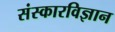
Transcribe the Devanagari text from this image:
संस्कारविज्ञान